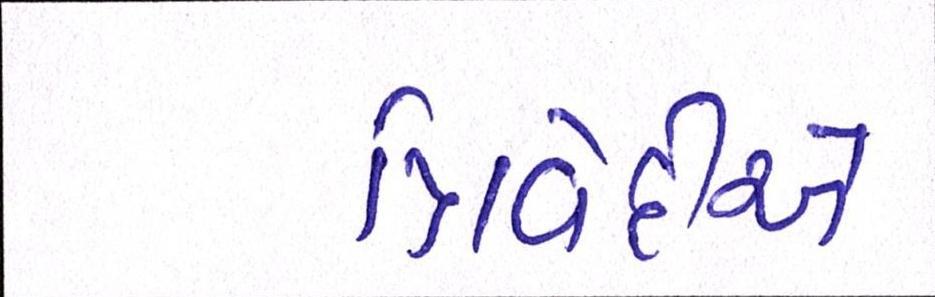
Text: ત્રિવેદીએ